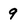
Character: 9